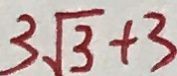
3 \sqrt { 3 } + 3